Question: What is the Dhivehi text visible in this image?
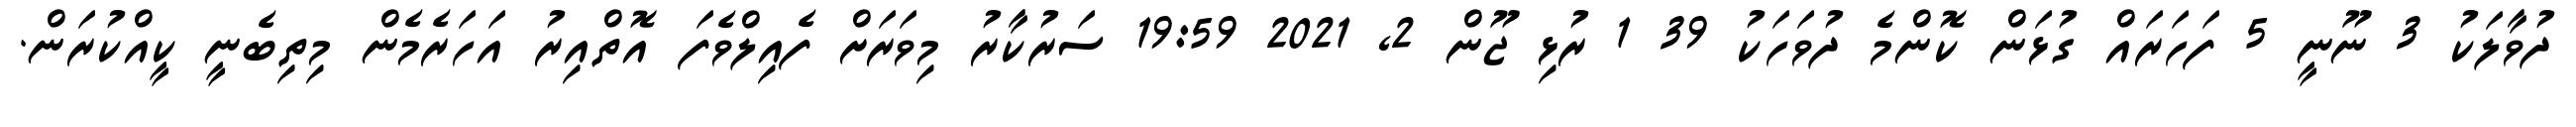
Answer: ދުވާލަކު 3 ނޫނީ 5 ފަހަރައް ގުޅަން ކޮންމެ ދުވަހަކު 39 1 ރުޅި ޖޫން 2, 2021 19:59 ސަރުކާރު މިވަރަށް ފެއިލްވެފަ އޮތްއިރު އަހަރެމެން މިތިބެނީ ކީއްކުރަން.